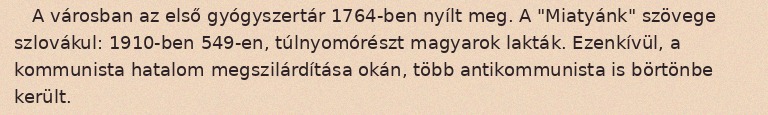
A városban az első gyógyszertár 1764-ben nyílt meg. A "Miatyánk" szövege szlovákul: 1910-ben 549-en, túlnyomórészt magyarok lakták. Ezenkívül, a kommunista hatalom megszilárdítása okán, több antikommunista is börtönbe került.